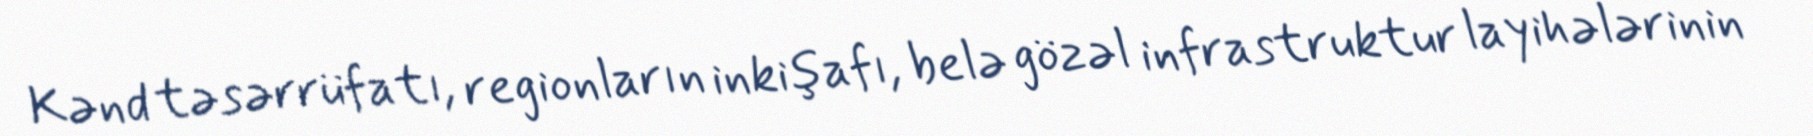
Kənd təsərrüfatı, regionların inkişafı, belə gözəl infrastruktur layihələrinin